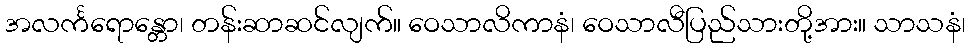
အလင်္ကရောန္တော၊ တန်းဆာဆင်လျက်။ ဝေသာလိကာနံ၊ ဝေသာလီပြည်သားတို့အား။ သာသနံ၊